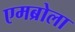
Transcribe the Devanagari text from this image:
एमब्रोला